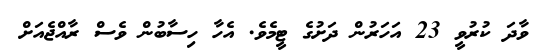
ވާދަ ކުރުވީ 23 އަހަރުން ދަށުގެ ޓީމެވެ. އެހާ ހިސާބުން ވެސް ރާއްޖެއަށް